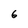
Character: 6